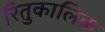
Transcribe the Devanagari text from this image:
रितुकालिक